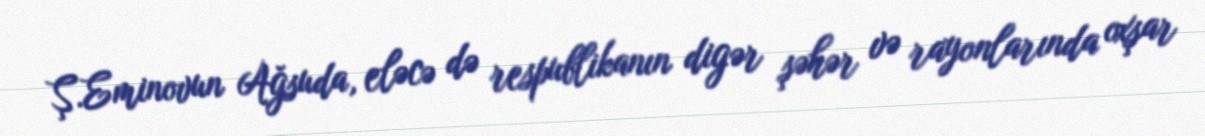
Ş.Eminovun Ağsuda, eləcə də respublikanın digər şəhər və rayonlarında oxşar